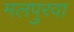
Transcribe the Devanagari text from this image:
मलपुरवा